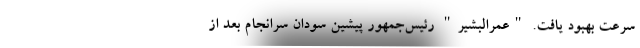
سرعت بهبود یافت. "عمرالبشیر" رئیس‌جمهور پیشین سودان سرانجام بعد از